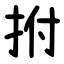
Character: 拊